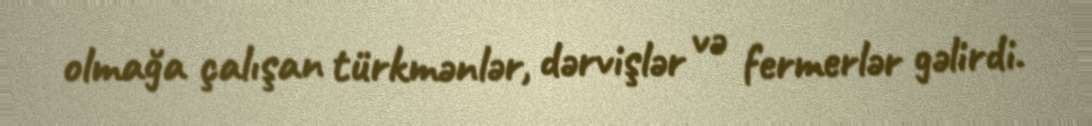
olmağa çalışan türkmənlər, dərvişlər və fermerlər gəlirdi.